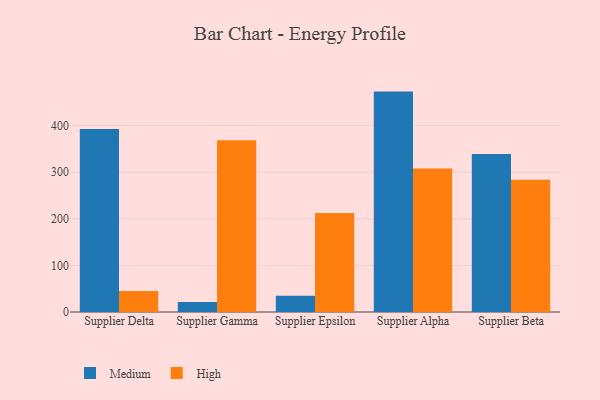
{"axis": {"x": "Supplier", "y": "Inventory Turnover"}, "legend": ["High", "Medium"], "data": [{"x": "Supplier Delta", "y": 392.9, "type": "Medium"}, {"x": "Supplier Delta", "y": 45.0, "type": "High"}, {"x": "Supplier Gamma", "y": 21.2, "type": "Medium"}, {"x": "Supplier Gamma", "y": 368.5, "type": "High"}, {"x": "Supplier Epsilon", "y": 34.7, "type": "Medium"}, {"x": "Supplier Epsilon", "y": 212.3, "type": "High"}, {"x": "Supplier Alpha", "y": 472.9, "type": "Medium"}, {"x": "Supplier Alpha", "y": 307.9, "type": "High"}, {"x": "Supplier Beta", "y": 339.2, "type": "Medium"}, {"x": "Supplier Beta", "y": 283.8, "type": "High"}]}